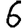
Digit: 6